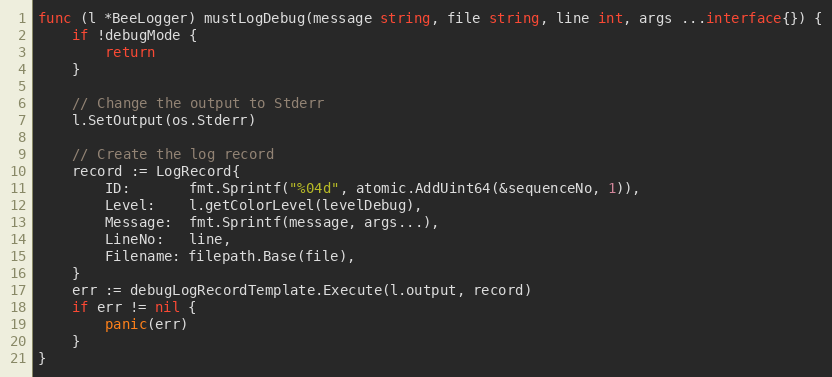
Language: Go
func (l *BeeLogger) mustLogDebug(message string, file string, line int, args ...interface{}) {
	if !debugMode {
		return
	}

	// Change the output to Stderr
	l.SetOutput(os.Stderr)

	// Create the log record
	record := LogRecord{
		ID:       fmt.Sprintf("%04d", atomic.AddUint64(&sequenceNo, 1)),
		Level:    l.getColorLevel(levelDebug),
		Message:  fmt.Sprintf(message, args...),
		LineNo:   line,
		Filename: filepath.Base(file),
	}
	err := debugLogRecordTemplate.Execute(l.output, record)
	if err != nil {
		panic(err)
	}
}